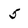
Character: 5